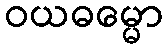
ဝယဓမ္မော